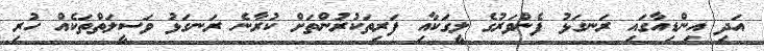
އަދި އިންޑިއާގައި ރަނގަޅު ފެންވަރުގެ ލީގަކާއި ފަރިތަކުރުންތަށް ކުރާނެ ރަނގަޅު ވަސީލަތްތަކެއް ހުރި